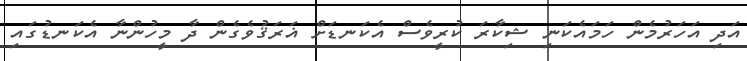
އަދި އަހަރުމެން ހަމައެކަނި ޝިކާރަ ކުރީވެސް އެކަނޑަށް ޣަރަޤުވެގެން ދާ މީހުންނާ އެކަނޑުގައި